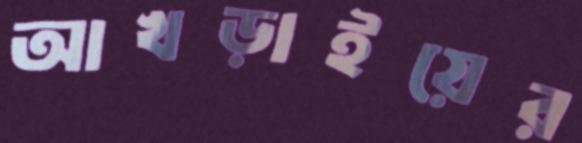
আখড়াইয়ের